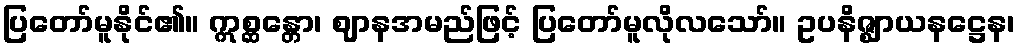
ပြတော်မူနိုင်၏။ ဣစ္ဆန္တော၊ ဈာနအမည်ဖြင့် ပြတော်မူလိုလသော်။ ဥပနိဇ္ဈာယနဋ္ဌေန၊